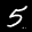
Label: 5